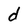
Character: d